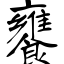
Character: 饔